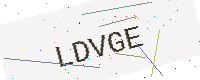
Text: LDVGE